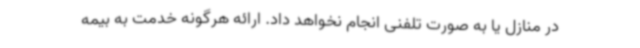
در منازل یا به صورت تلفنی انجام نخواهد داد. ارائه هرگونه خدمت به بیمه